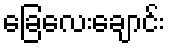
ခြေလေးချောင်း